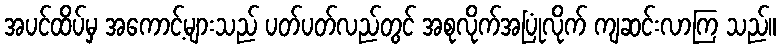
အပင်ထိပ်မှ အကောင့်များသည် ပတ်ပတ်လည်တွင် အစုလိုက်အပြုံလိုက် ကျဆင်းလာကြ သည်။